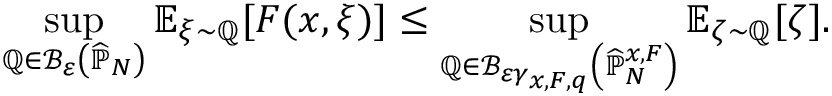
\operatorname* { s u p } _ { \mathbb { Q } \in \mathcal { B } _ { \varepsilon } \left( \widehat { \mathbb { P } } _ { N } \right) } \mathbb { E } _ { \xi \sim \mathbb { Q } } [ F ( x , \xi ) ] \leq \operatorname* { s u p } _ { \mathbb { Q } \in \mathcal { B } _ { \varepsilon \gamma _ { x , F , q } } \left( \widehat { \mathbb { P } } _ { N } ^ { x , F } \right) } \mathbb { E } _ { \zeta \sim \mathbb { Q } } [ \zeta ] .